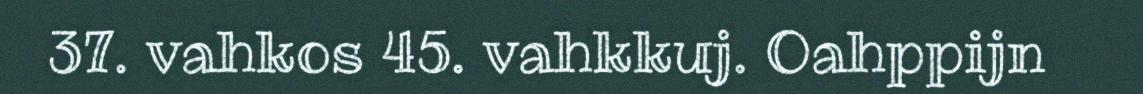
37. vahkos 45. vahkkuj. Oahppijn